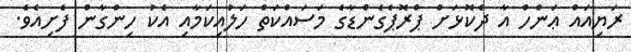
ރަޔިއައް ޢަންހް އާ ދެކޮޅަށް ޕްރޮޕެގެންޑާގެ މަސައްކަތް ހަލުއިކަމާއި އެކު ހިންގާން ފެށިއެވެ.